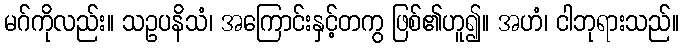
မဂ်ကိုလည်း။ သဥပနိသံ၊ အကြောင်းနှင့်တကွ ဖြစ်၏ဟူ၍။ အဟံ၊ ငါဘုရားသည်။